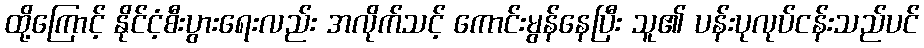
ထို့ကြောင့် နိုင်ငံ့စီးပွားရေးလည်း အလိုက်သင့် ကောင်းမွန်နေပြီး သူ၏ ပန်းပုလုပ်ငန်းသည်ပင်